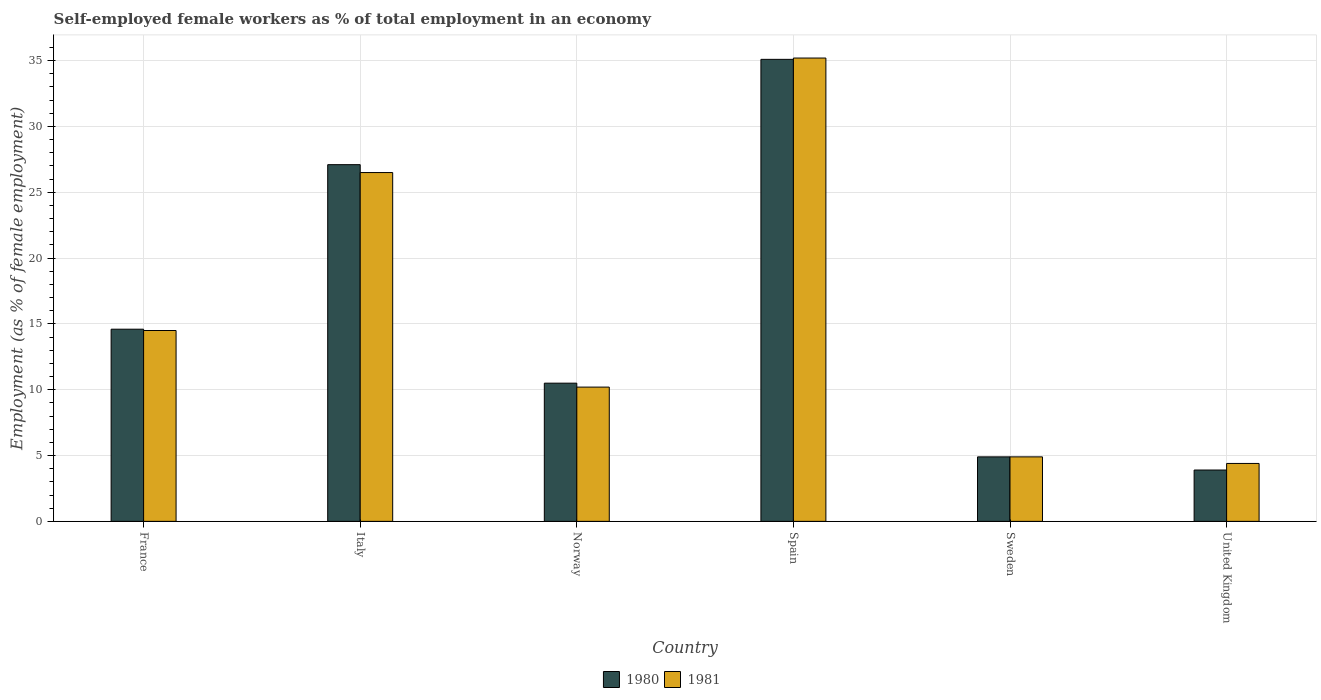
| Country | 1980 | 1981 |
 | --- | --- | --- |
 | France | 14.6 | 14.5 |
 | Italy | 27.1 | 26.5 |
 | Norway | 10.5 | 10.2 |
 | Spain | 35.1 | 35.2 |
 | Sweden | 4.9 | 4.9 |
 | United Kingdom | 3.9 | 4.4 |